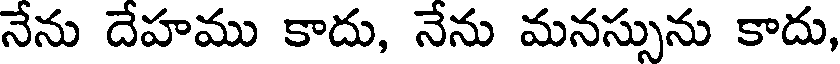
నేను దేహము కాదు, నేను మనస్సును కాదు,